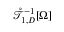
\mathring { \mathcal { T } } _ { 1 , D } ^ { - 1 } [ \Omega ]